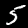
Digit: 5